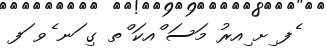
ެފ ިށ ިއރު މަސަ ްއކަ ްތ ގި ަނ ެވ ަފ